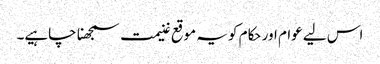
اس لیے عوام اور حکام کو یہ موقع غنیمت سمجھنا چاہیے۔